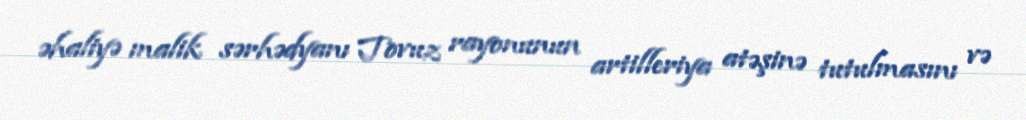
əhaliyə malik sərhədyanı Tovuz rayonunun artilleriya atəşinə tutulmasını və